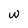
Character: w